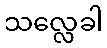
သလ္လေခါ